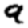
Digit: 9